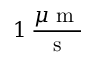
1 \: \frac { \mu \mathrm { ~ m ~ } } { \mathrm { ~ s ~ } }